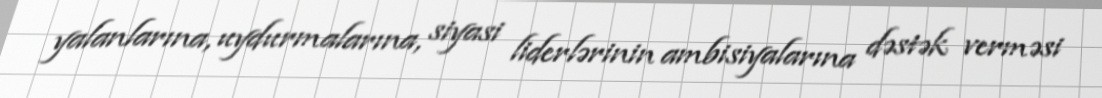
yalanlarına, uydurmalarına, siyasi liderlərinin ambisiyalarına dəstək verməsi